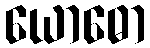
ယောဓော